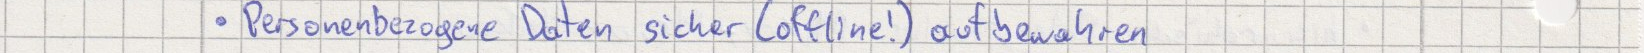
Personenbezogene Daten sicher (offline!) aufbewahren